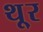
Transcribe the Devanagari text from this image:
थू्र